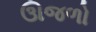
ઊજળો